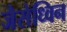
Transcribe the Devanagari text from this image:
जैसेध्विन